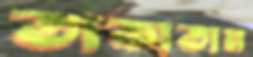
তাকাতাম